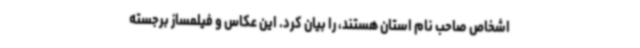
اشخاص صاحب نام استان هستند، را بیان کرد. این عکاس و فیلمساز برجسته